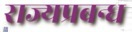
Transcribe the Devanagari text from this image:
राज्यप्रबन्ध